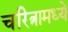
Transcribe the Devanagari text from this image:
चरित्रामध्ये